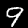
Label: 9